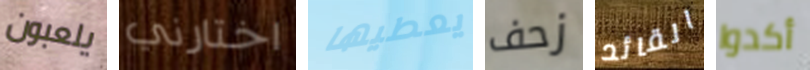
يلعبون اختارني يعطيها زحف القائد أكدوا